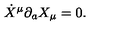
\dot { X } ^ { \mu } \partial _ { a } X _ { \mu } = 0 .